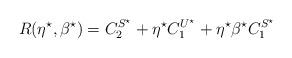
LaTeX: \begin{align*}R(\eta^{\star}, \beta^{\star})= C_2^{S^{\star}} + \eta^{\star} C_1^{U^{\star}} + \eta^{\star} \beta^{\star} C_1^{S^{\star}}\end{align*}